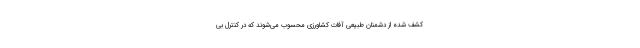
کشف شده از دشمنان طبیعی آفات کشاورزی محسوب می‌شوند که در کنترل بی